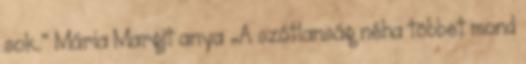
sok.” Mária Margit anya „A szótlanság néha többet mond